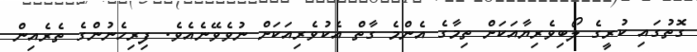
ގޮތުގައި ކުރީގެ ލޯބިވެރިޔާއަކަށް ތިމާގެ އެންމެ ގާތް އެކުވެރިއަކަށް ނުވެވޭނެއެވެ. ފިރިހެނުންގެ ތެރެއިން